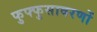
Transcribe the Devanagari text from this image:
फुफ्फुसावरणों